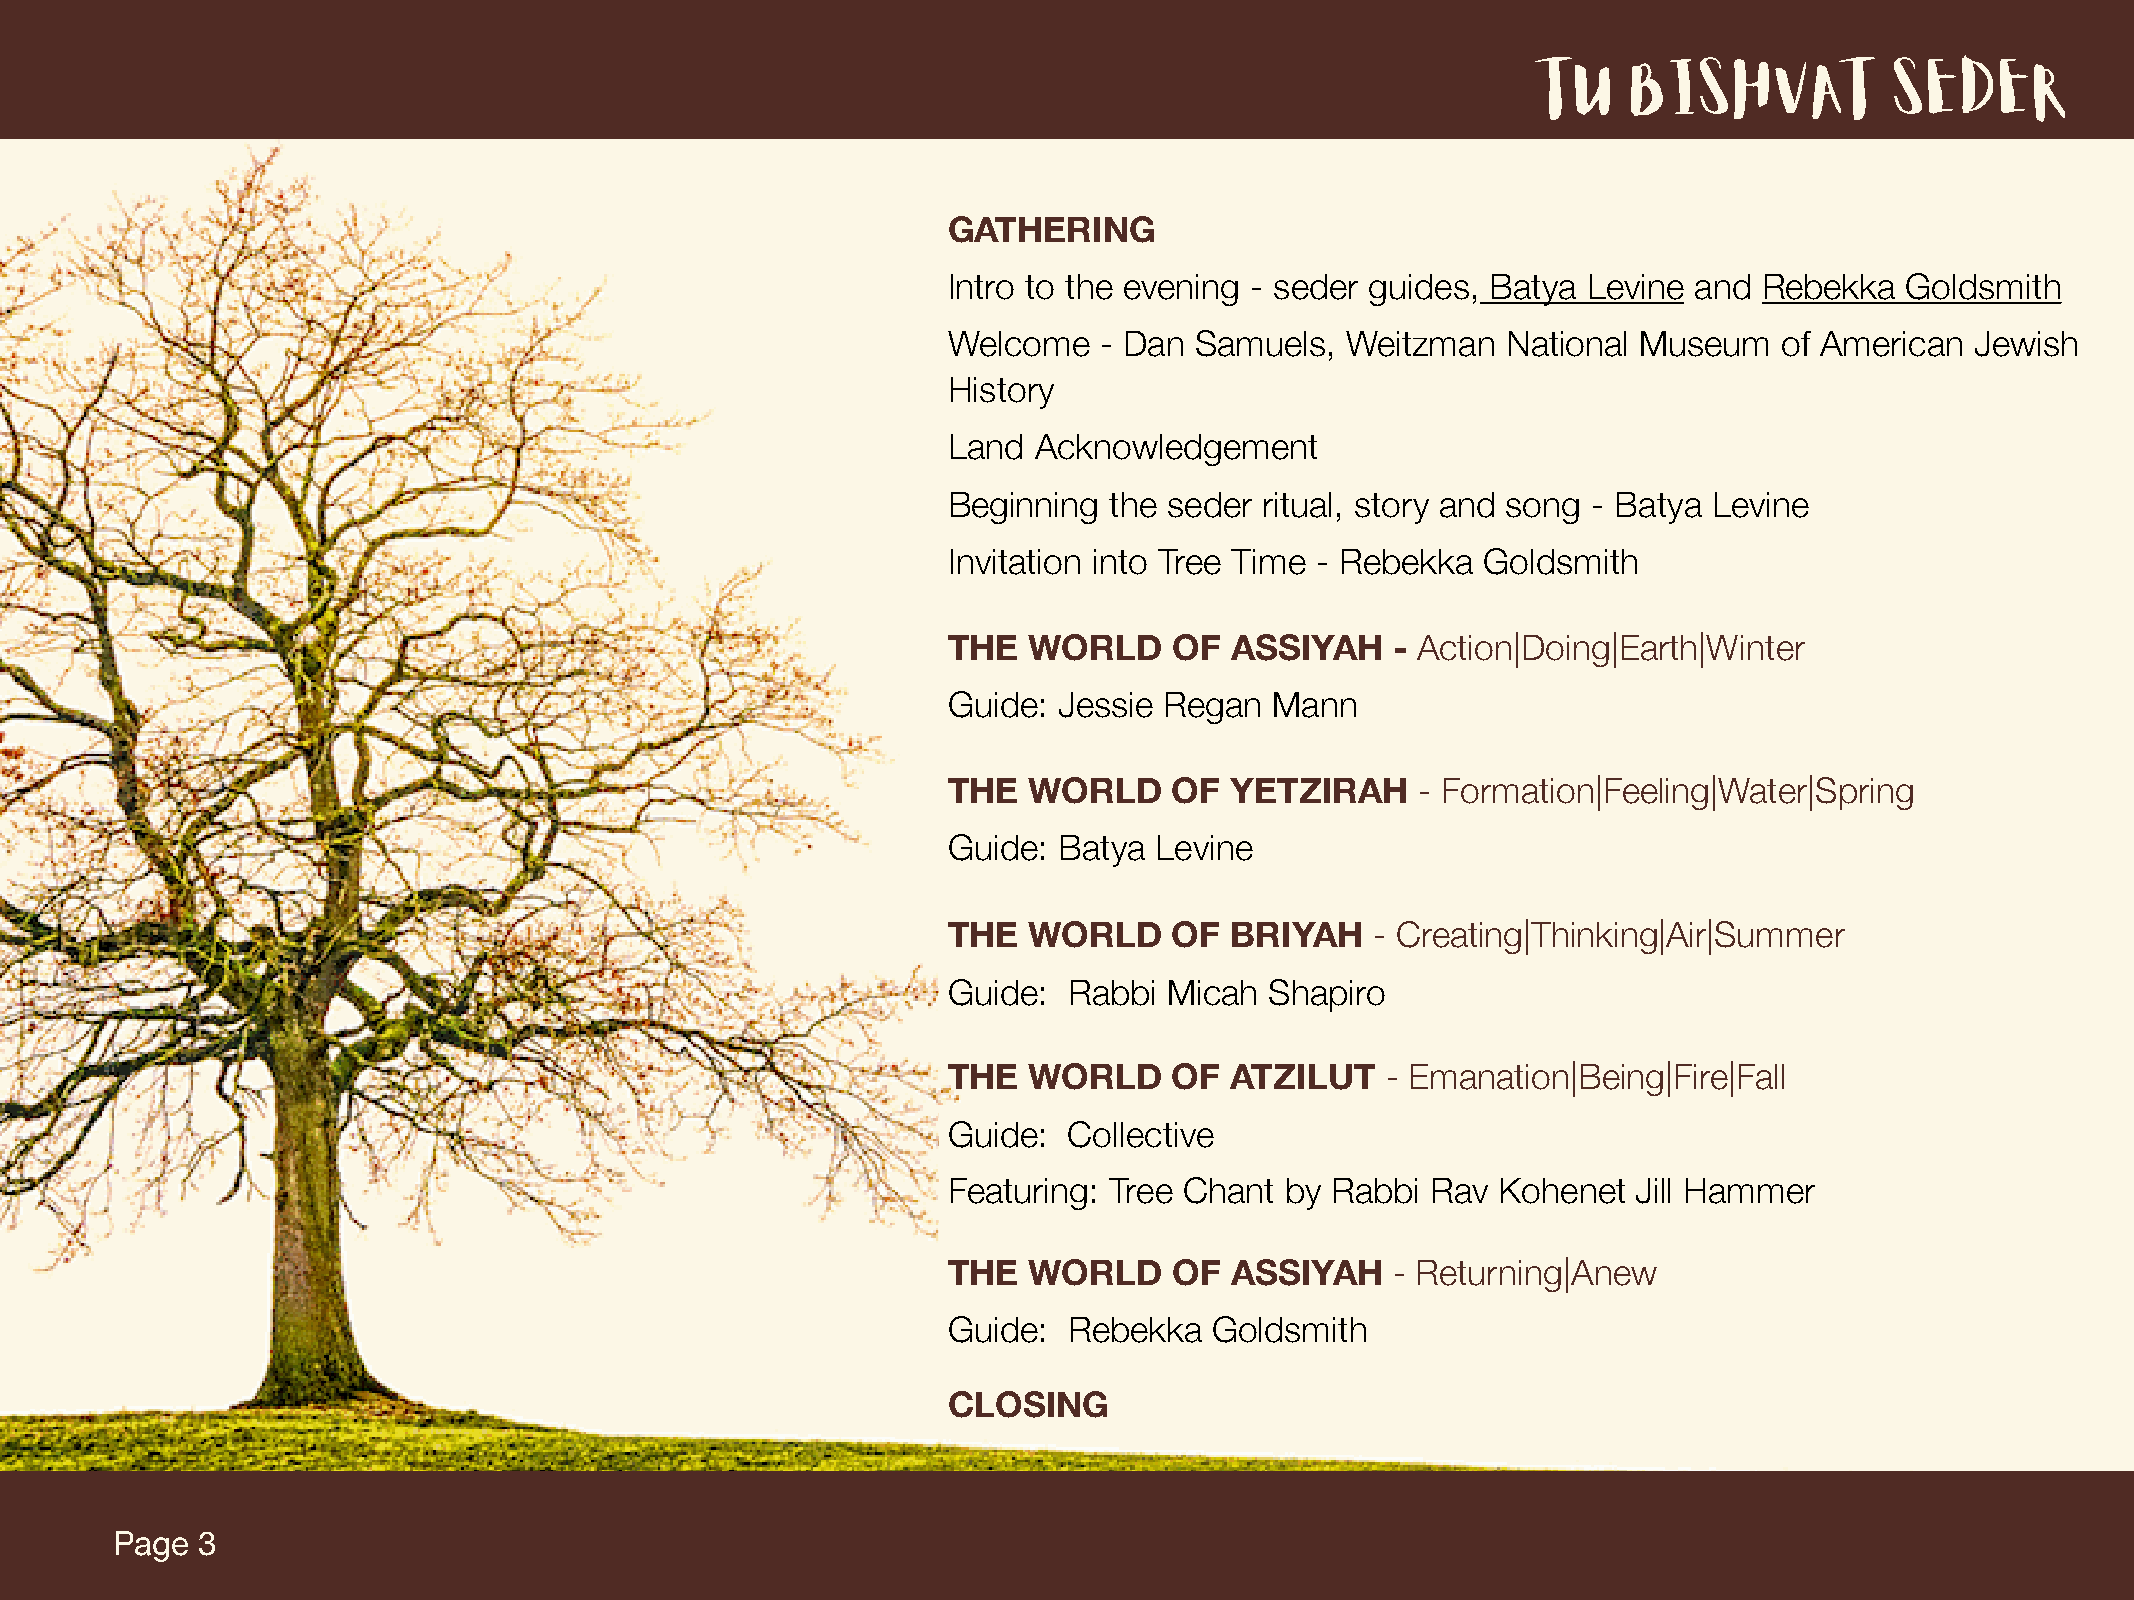
TU    BIShvat          Seder
 GATHERING
 Intro to the evening - seder guides, Batya Levine and Rebekka  Goldsmith
 Welcome   - Dan Samuels,  Weitzman   National Museum   of American  Jewish
 History
 Land Acknowledgement
 Beginning the seder  ritual, story and song - Batya Levine
 Invitation into Tree Time - Rebekka Goldsmith
 THE  WORLD     OF ASSIYAH    - Action|Doing|Earth|Winter
 Guide: Jessie Regan  Mann
 THE  WORLD     OF YETZIRAH     - Formation|Feeling|Water|Spring
 Guide: Batya Levine
 THE  WORLD     OF BRIYAH    - Creating|Thinking|Air|Summer
 Guide:  Rabbi Micah  Shapiro
 THE  WORLD     OF ATZILUT    - Emanation|Being|Fire|Fall
 Guide:  Collective
 Featuring: Tree Chant by Rabbi  Rav Kohenet  Jill Hammer
 THE  WORLD     OF ASSIYAH    - Returning|Anew
 Guide:  Rebekka  Goldsmith
 CLOSING
 Page  3